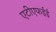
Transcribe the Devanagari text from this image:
एटीएफईई